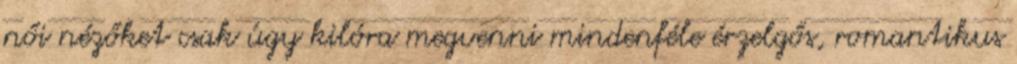
női nézőket csak úgy kilóra megvenni mindenféle érzelgős, romantikus